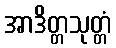
အာဒိတ္တသုတ္တံ